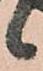
候